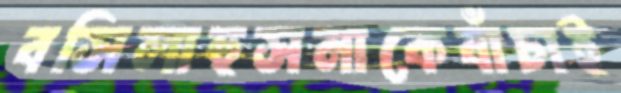
বসিলাহুসনাকেবাঁচাই